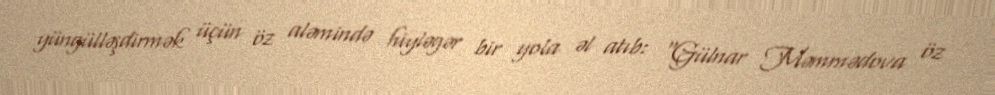
yüngülləşdirmək üçün öz aləmində hiyləgər bir yola əl atıb: “Gülnar Məmmədova öz